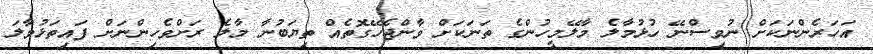
އަހަރެންނަކަށް ނުވިސްނޭ ހުޅުމާލެ މާލޭމީހުންގެ ތަނަކަށް ވާންޖެހޭގޮތެއް ތިޔަބުނާ މާލެ ރަށްވެހިންނަށް ފައިތަޅުވާލަ